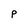
Character: P